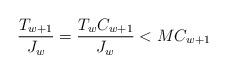
LaTeX: \begin{align*}\frac{T_{w+1}}{J_w}=\frac{T_{w}C_{w+1}}{J_w}<M C_{w+1} \end{align*}